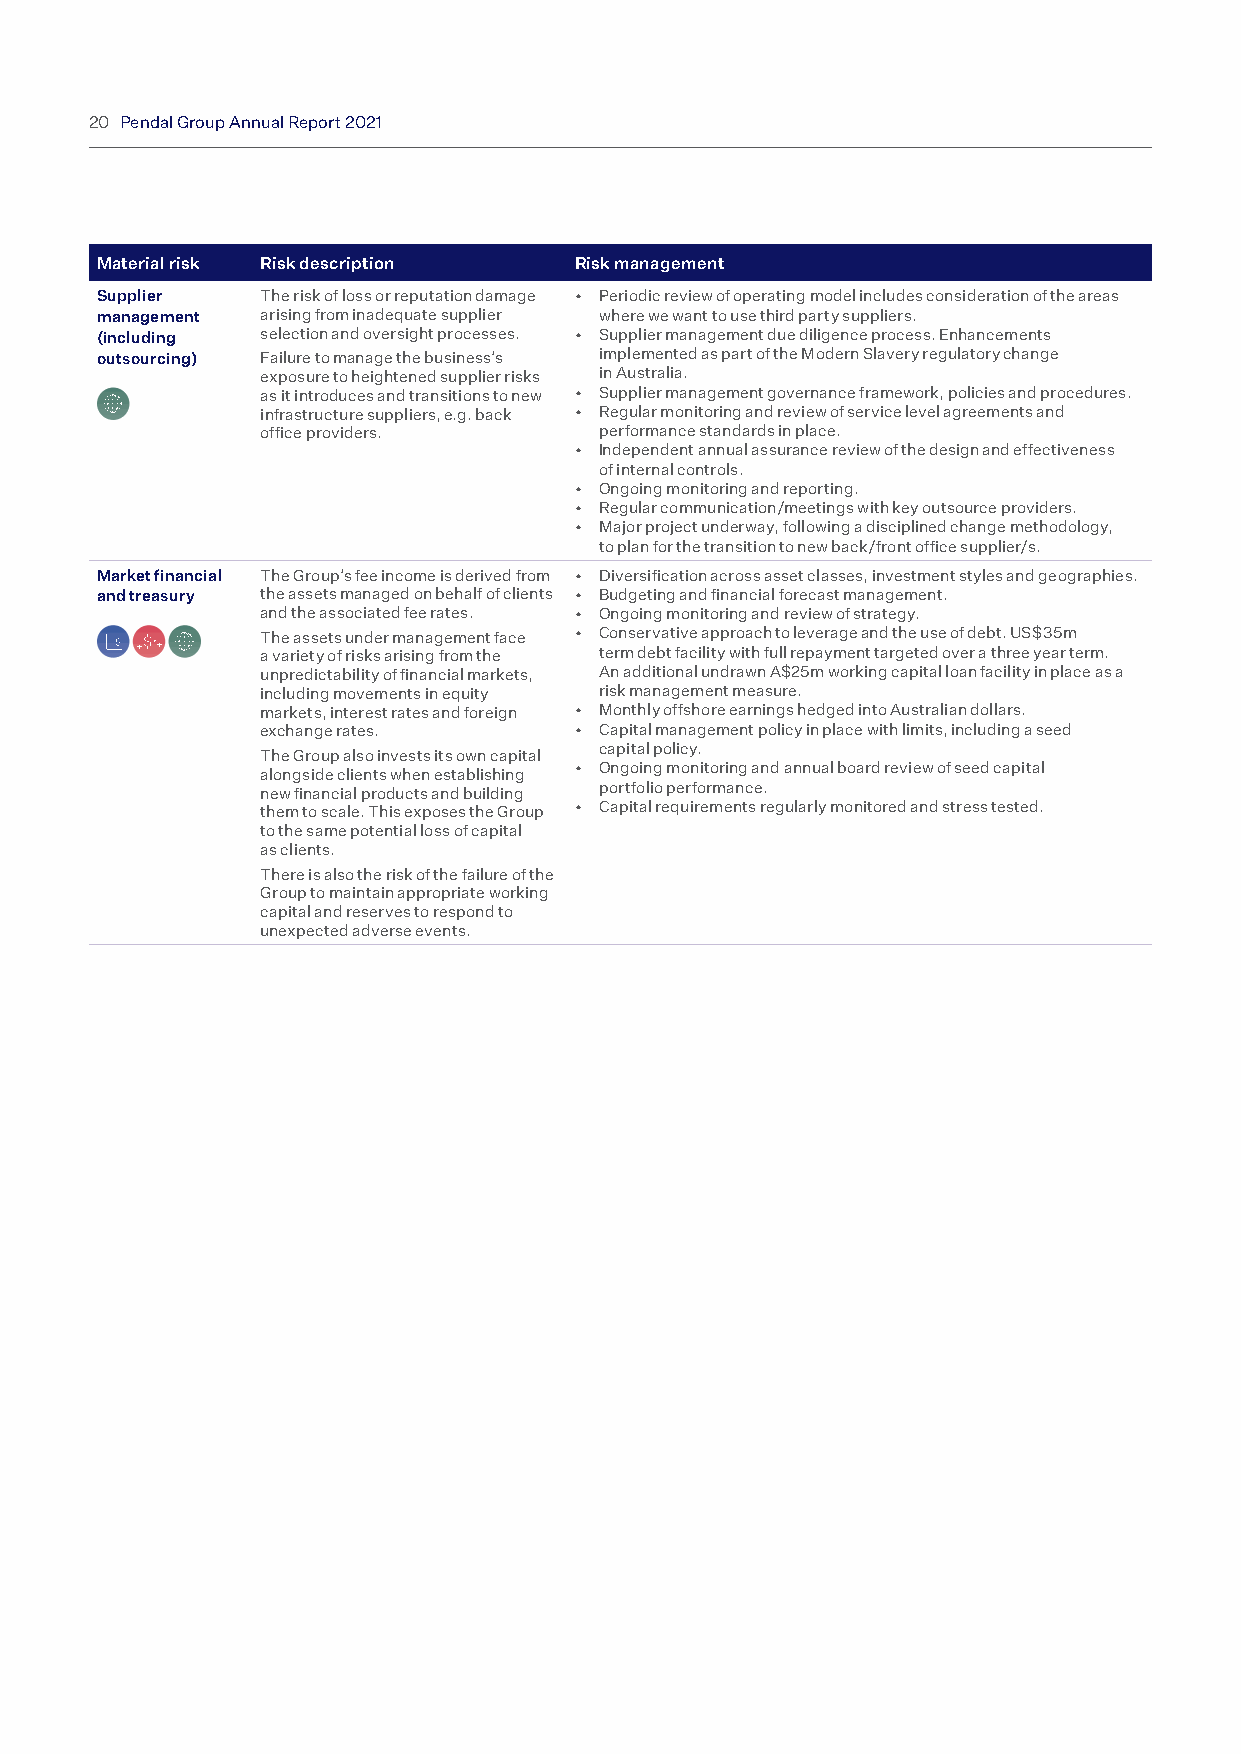
20 Pendal Group Annual Report 2021
 Material risk Risk description  Risk management
 Supplier   The risk of loss or reputation damage • Periodic review of operating model includes consideration of the areas
 management arising from inadequate supplier where we want to use third party suppliers.
 (including selection and oversight processes. • Supplier management due diligence process. Enhancements
 outsourcing) Failure to manage the business’s implemented as part of the Modern Slavery regulatory change
 exposure to heightened supplier risks in Australia.
 as it introduces and transitions to new • Supplier management governance framework, policies and procedures.
 infrastructure suppliers, e.g. back • Regular monitoring and review of service level agreements and
 office providers.      performance standards in place.
 • Independent annual assurance review of the design and effectiveness
 of internal controls.
 • Ongoing monitoring and reporting.
 • Regular communication/meetings with key outsource providers.
 • Major project underway, following a disciplined change methodology,
 to plan for the transition to new back/front office supplier/s.
 Market financial The Group’s fee income is derived from • Diversification across asset classes, investment styles and geographies.
 and treasury the assets managed on behalf of clients • Budgeting and financial forecast management.
 and the associated fee rates. • Ongoing monitoring and review of strategy.
 The assets under management face • Conservative approach to leverage and the use of debt. US$35m
 a variety of risks arising from the term debt facility with full repayment targeted over a three year term.
 unpredictability of financial markets, An additional undrawn A$25m working capital loan facility in place as a
 including movements in equity risk management measure.
 markets, interest rates and foreign • Monthly offshore earnings hedged into Australian dollars.
 exchange rates.      • Capital management policy in place with limits, including a seed
 capital policy.
 The Group also invests its own capital
 • Ongoing monitoring and annual board review of seed capital
 alongside clients when establishing
 new financial products and building portfolio performance.
 them to scale. This exposes the Group • Capital requirements regularly monitored and stress tested.
 to the same potential loss of capital
 as clients.
 There is also the risk of the failure of the
 Group to maintain appropriate working
 capital and reserves to respond to
 unexpected adverse events.